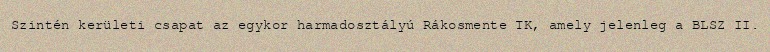
Szintén kerületi csapat az egykor harmadosztályú Rákosmente TK, amely jelenleg a BLSZ II.